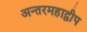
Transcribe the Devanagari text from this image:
अन्तरमहाद्वीप